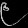
Digit: ၉